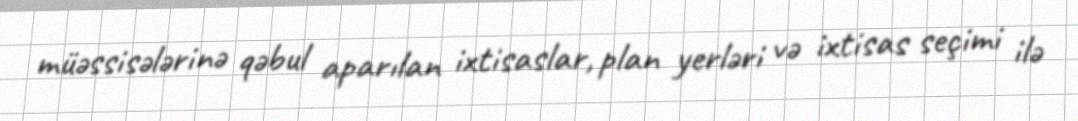
müəssisələrinə qəbul aparılan ixtisaslar, plan yerləri və ixtisas seçimi ilə